65_HS1-834228961_62-HQ-83894_Section_2
Agency: FBI
Page 176
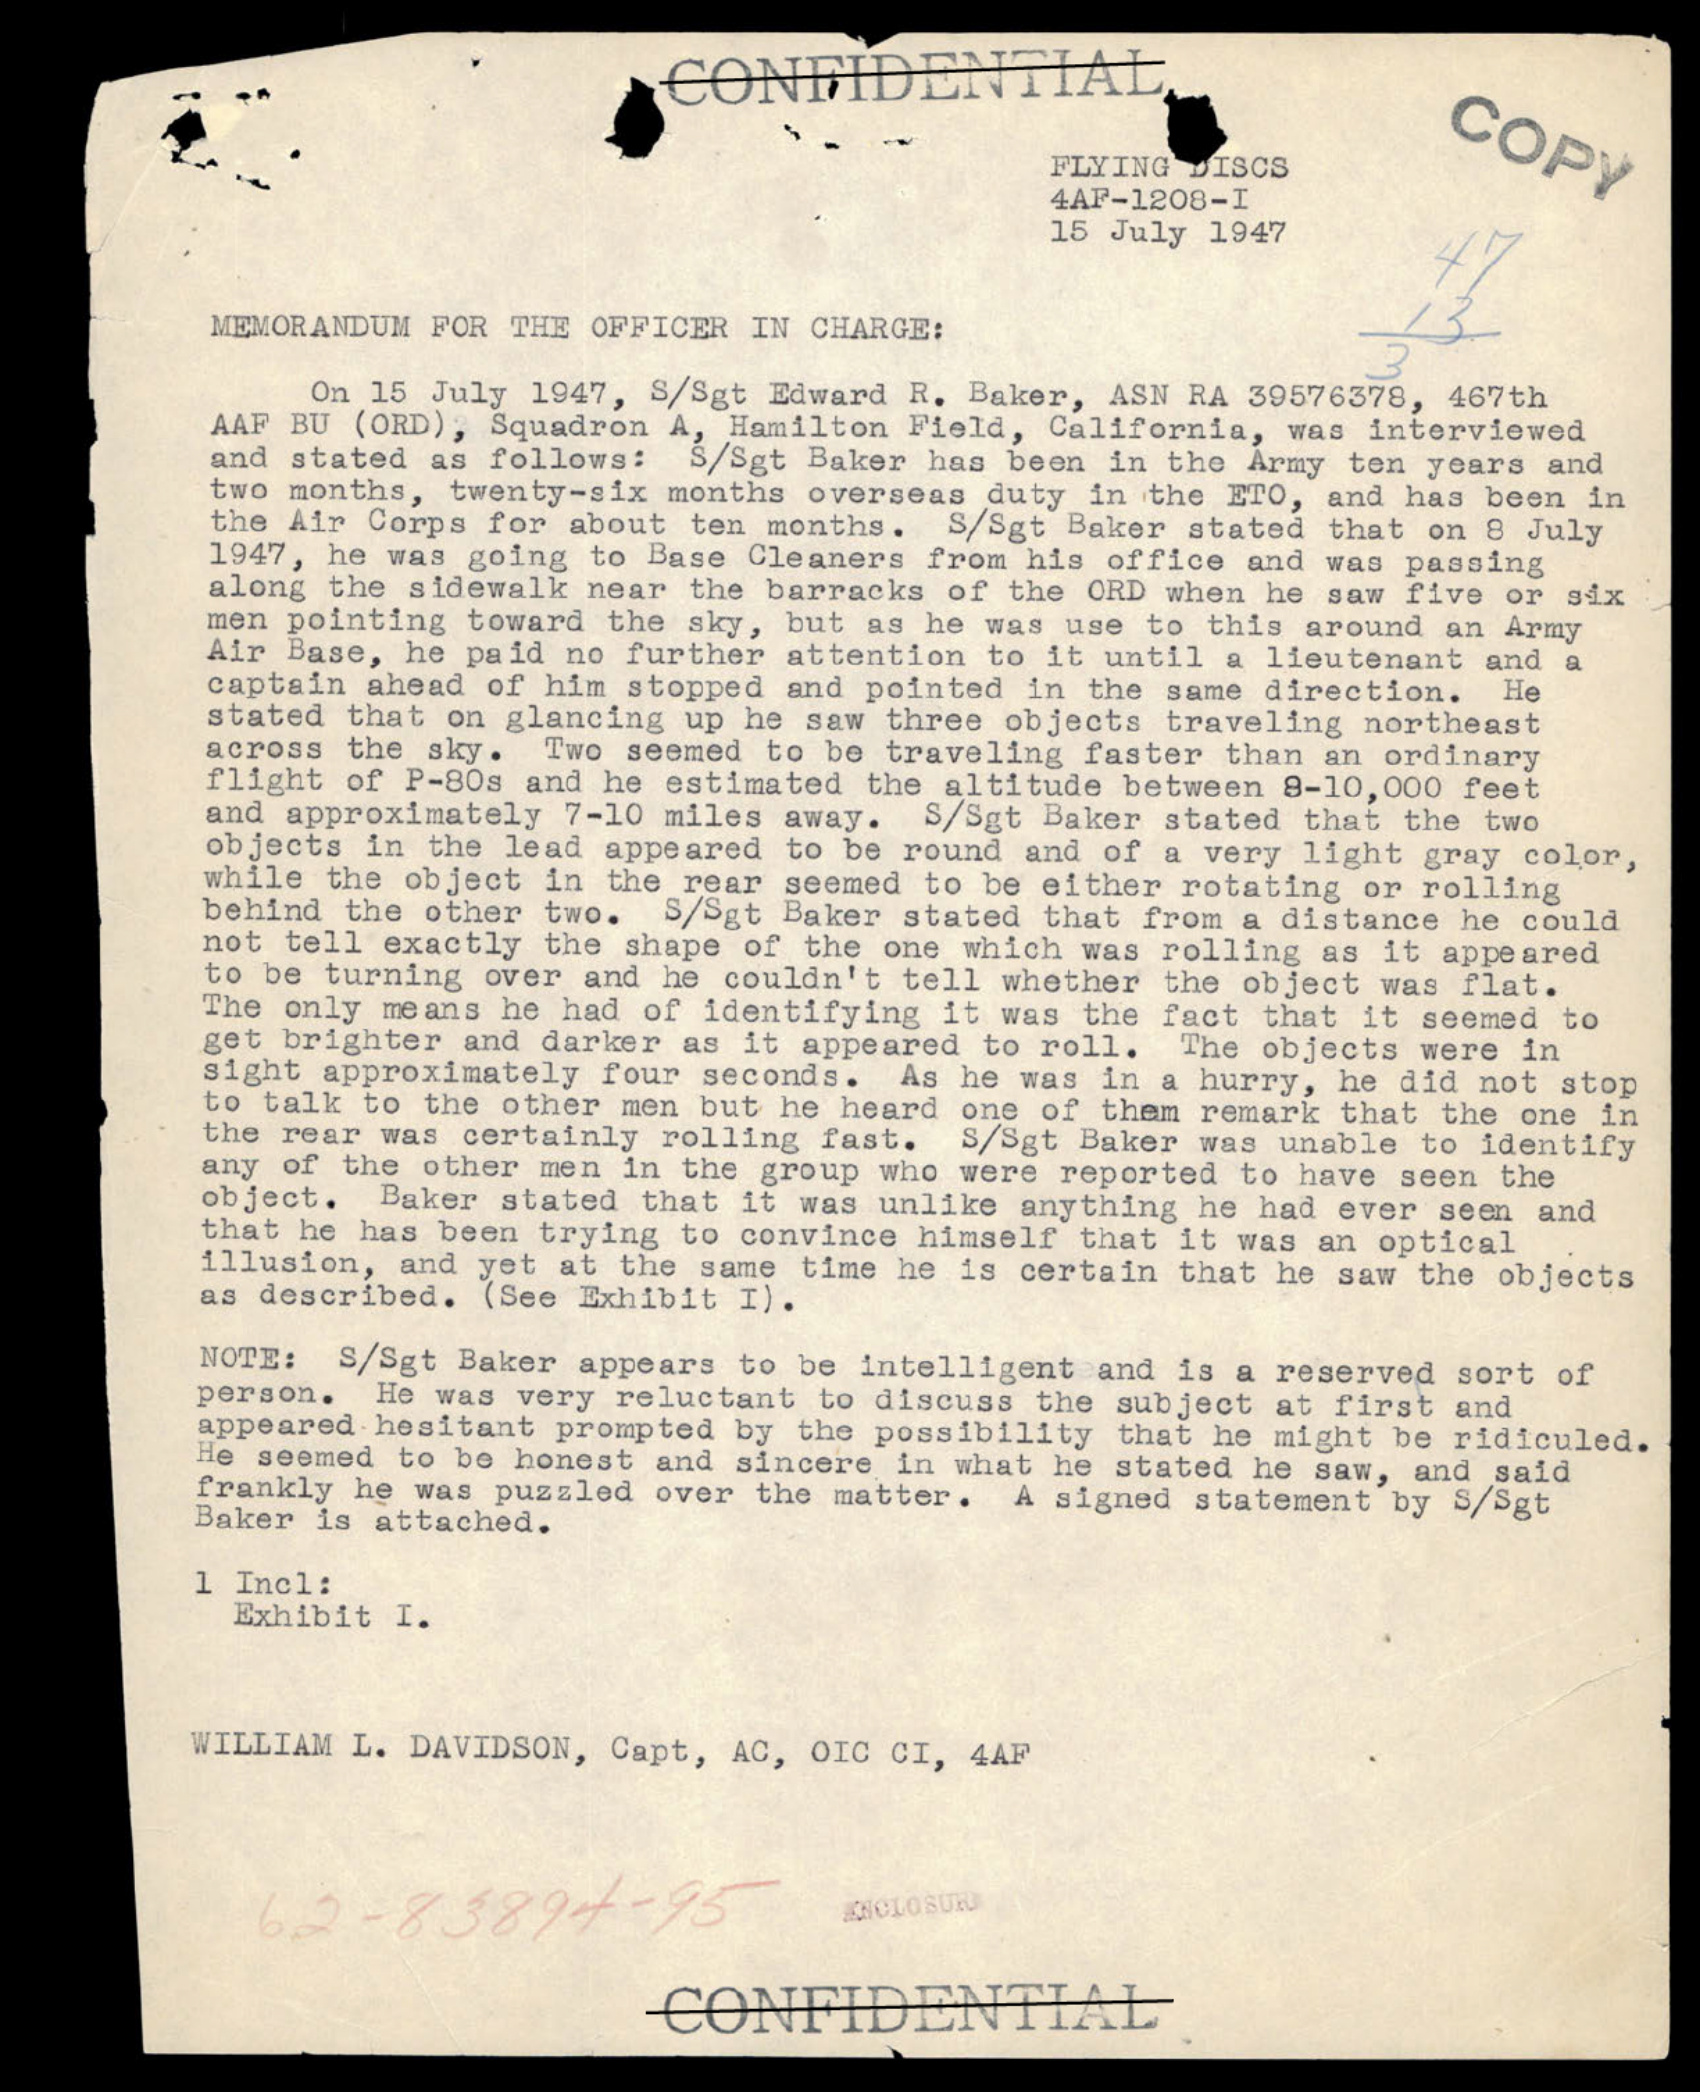